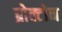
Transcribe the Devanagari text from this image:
ब्रोक्टोन